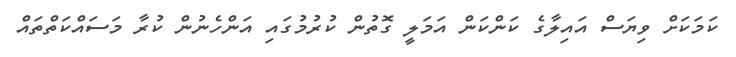
ކަމަކަށް ވިޔަސް އައިލާގެ ކަންކަން އަމަލީ ގޮތުން ކުރުމުގައި އަންހެނުން ކުރާ މަސައްކަތްތައް